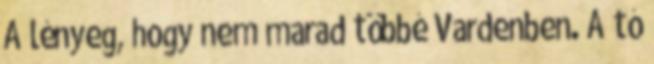
A lényeg, hogy nem marad többé Vardenben. A tó